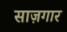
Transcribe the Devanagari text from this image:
साज़गार